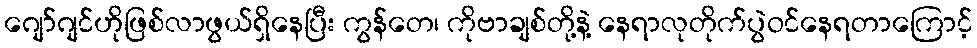
ဂျော်ဂျင်ဟိုဖြစ်လာဖွယ်ရှိနေပြီး ကွန်တေ၊ ကိုဗာချစ်တို့နဲ့ နေရာလုတိုက်ပွဲဝင်နေရတာကြောင့်